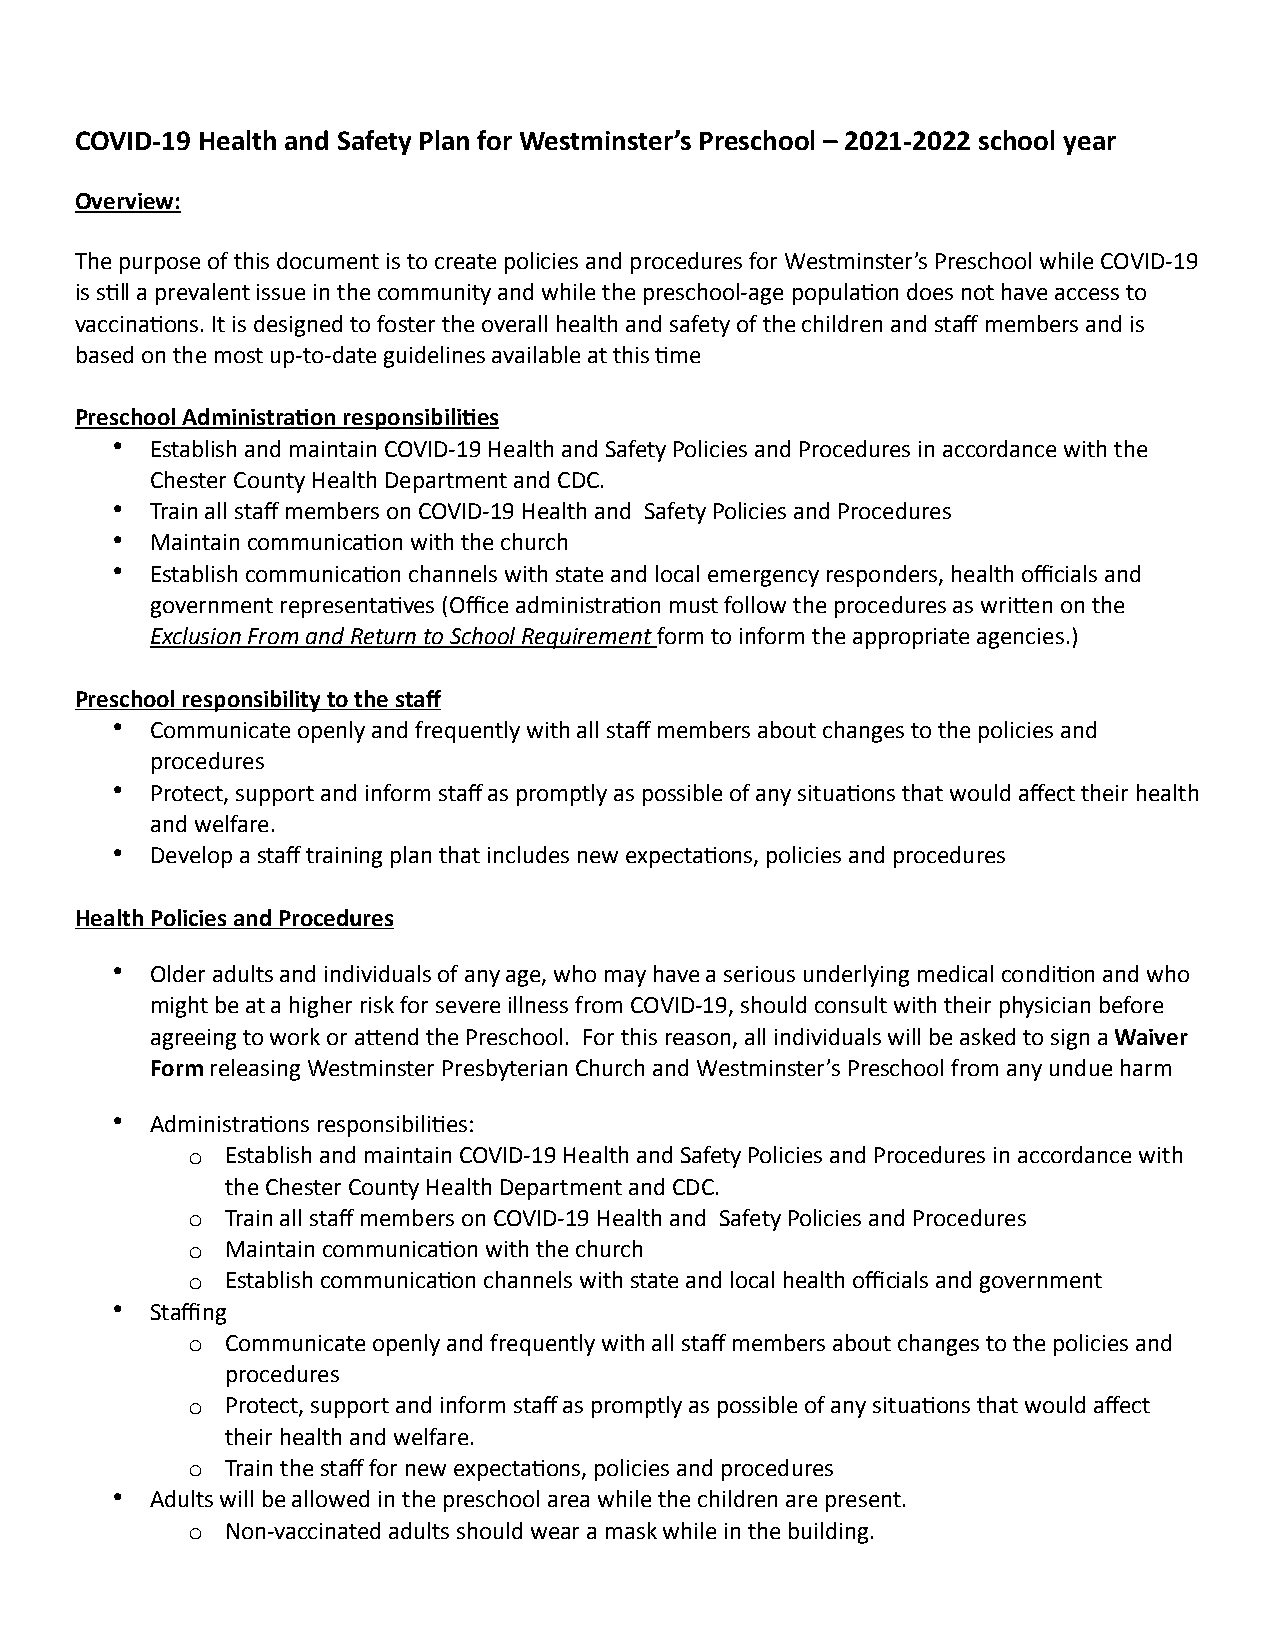
COVID-19 Health and Safety Plan for Westminster’s Preschool – 2021-2022 school year
 Overview:
 The purpose of this document is to create policies and procedures for Westminster’s Preschool while COVID-19
 is s?ll a prevalent issue in the community and while the preschool-age popula?on does not have access to
 vaccina?ons. It is designed to foster the overall health and safety of the children and staff members and is
 based on the most up-to-date guidelines available at this ?me
 Preschool AdministraEon responsibiliEes
 •  Establish and maintain COVID-19 Health and Safety Policies and Procedures in accordance with the
 Chester County Health Department and CDC.
 •  Train all staff members on COVID-19 Health and Safety Policies and Procedures
 •  Maintain communica?on with the church
 •  Establish communica?on channels with state and local emergency responders, health officials and
 government representa?ves (Office administra?on must follow the procedures as wriMen on the
 Exclusion From and Return to School Requirement form to inform the appropriate agencies.)
 Preschool responsibility to the staff
 •  Communicate openly and frequently with all staff members about changes to the policies and
 procedures
 •  Protect, support and inform staff as promptly as possible of any situa?ons that would affect their health
 and welfare.
 •  Develop a staff training plan that includes new expecta?ons, policies and procedures
 Health Policies and Procedures
 •  Older adults and individuals of any age, who may have a serious underlying medical condi?on and who
 might be at a higher risk for severe illness from COVID-19, should consult with their physician before
 agreeing to work or aMend the Preschool. For this reason, all individuals will be asked to sign a Waiver
 Form releasing Westminster Presbyterian Church and Westminster’s Preschool from any undue harm
 •  Administra?ons responsibili?es:
 o  Establish and maintain COVID-19 Health and Safety Policies and Procedures in accordance with
 the Chester County Health Department and CDC.
 o  Train all staff members on COVID-19 Health and Safety Policies and Procedures
 o  Maintain communica?on with the church
 o  Establish communica?on channels with state and local health officials and government
 •  Staffing
 o  Communicate openly and frequently with all staff members about changes to the policies and
 procedures
 o  Protect, support and inform staff as promptly as possible of any situa?ons that would affect
 their health and welfare.
 o  Train the staff for new expecta?ons, policies and procedures
 •  Adults will be allowed in the preschool area while the children are present.
 o  Non-vaccinated adults should wear a mask while in the building.